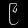
Digit: ၉